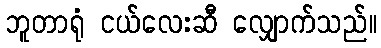
ဘူတာရုံ ငယ်လေးဆီ လျှောက်သည်။